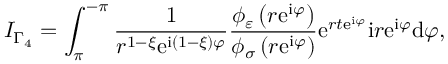
I _ { \Gamma _ { 4 } } = \int _ { \pi } ^ { - \pi } \frac { 1 } { r ^ { 1 - \xi } \mathrm { e } ^ { \mathrm { i } \left( 1 - \xi \right) \varphi } } \frac { \phi _ { \varepsilon } \left( r \mathrm { e } ^ { \mathrm { i } \varphi } \right) } { \phi _ { \sigma } \left( r \mathrm { e } ^ { \mathrm { i } \varphi } \right) } \mathrm { e } ^ { r t \mathrm { e } ^ { \mathrm { i } \varphi } } \mathrm { i } r \mathrm { e } ^ { \mathrm { i } \varphi } \mathrm { d } \varphi ,